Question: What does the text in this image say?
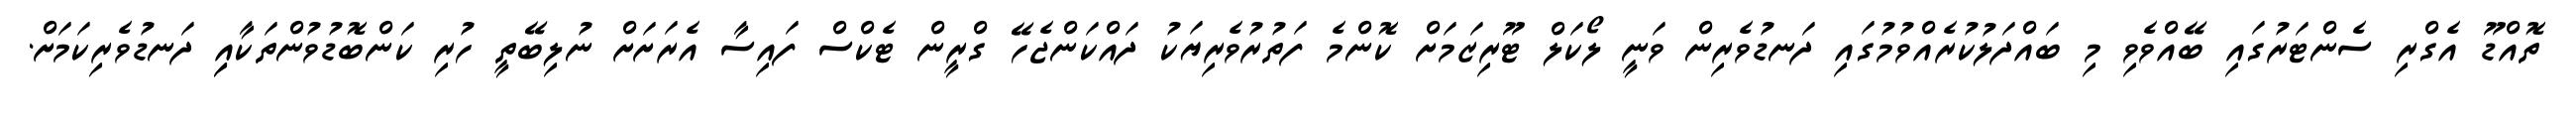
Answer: ތޮއްޑޫ އެގްރި ސެންޓަރުގައި ބޭއްވެވި މި ބައްދަލުކުރެއްވުމުގައި ދަނޑުވެރިން ވަނީ ލޯކަލް ޓޫރިޒަމަށް ކޮންމެ ފަތުރުވެރިޔަކު ދައްކަންޖެހޭ ގްރީން ޓެކްސް ފައިސާ އެރަށަށް ނުލިބޭތީ ހުރި ކަންބޮޑުވުންތަކާއިި ދަނޑުވެރިކަމަށް.